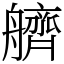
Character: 艩